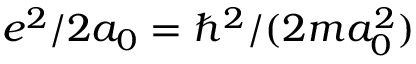
e ^ { 2 } / 2 a _ { 0 } = \hbar ^ { 2 } / ( 2 m a _ { 0 } ^ { 2 } )